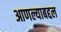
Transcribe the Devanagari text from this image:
आणल्याबद्दल